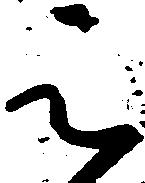
被